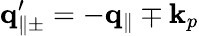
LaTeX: {\mathbf q}_{\parallel\pm}^{\prime}=-{\mathbf q}_{\parallel}\mp{\mathbf k}_{p}